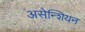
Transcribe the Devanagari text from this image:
असेन्शियन